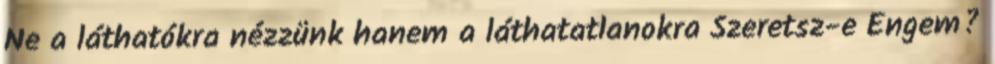
Ne a láthatókra nézzünk hanem a láthatatlanokra Szeretsz-e Engem?